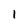
Character: 1